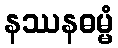
နဿနဓမ္မံ